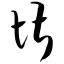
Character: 堪